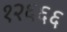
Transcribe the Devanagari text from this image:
१२६६६